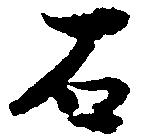
石